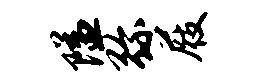
隘弥屐